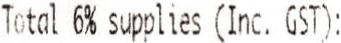
TOTAL 6% SUPPLIES (INC. GST):